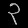
Digit: ၃